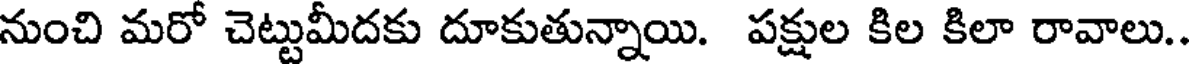
నుంచి మరో చెట్టుమీదకు దూకుతున్నాయి. పక్షుల కిల కిలా రావాలు.